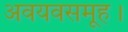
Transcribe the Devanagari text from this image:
अवयवसमूह।